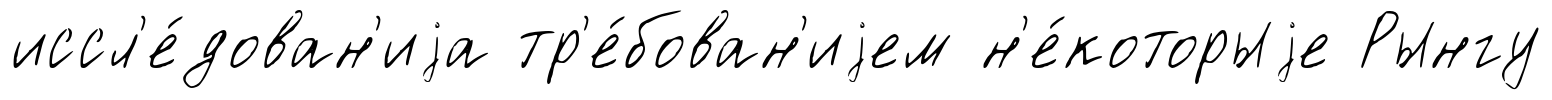
иссл'е́дован'иjа тр'е́бован'иjем н'е́которыjе Рынгу